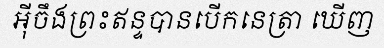
អ៊ីចឹងព្រះឥន្ទបានបើកនេត្រា ឃើញ